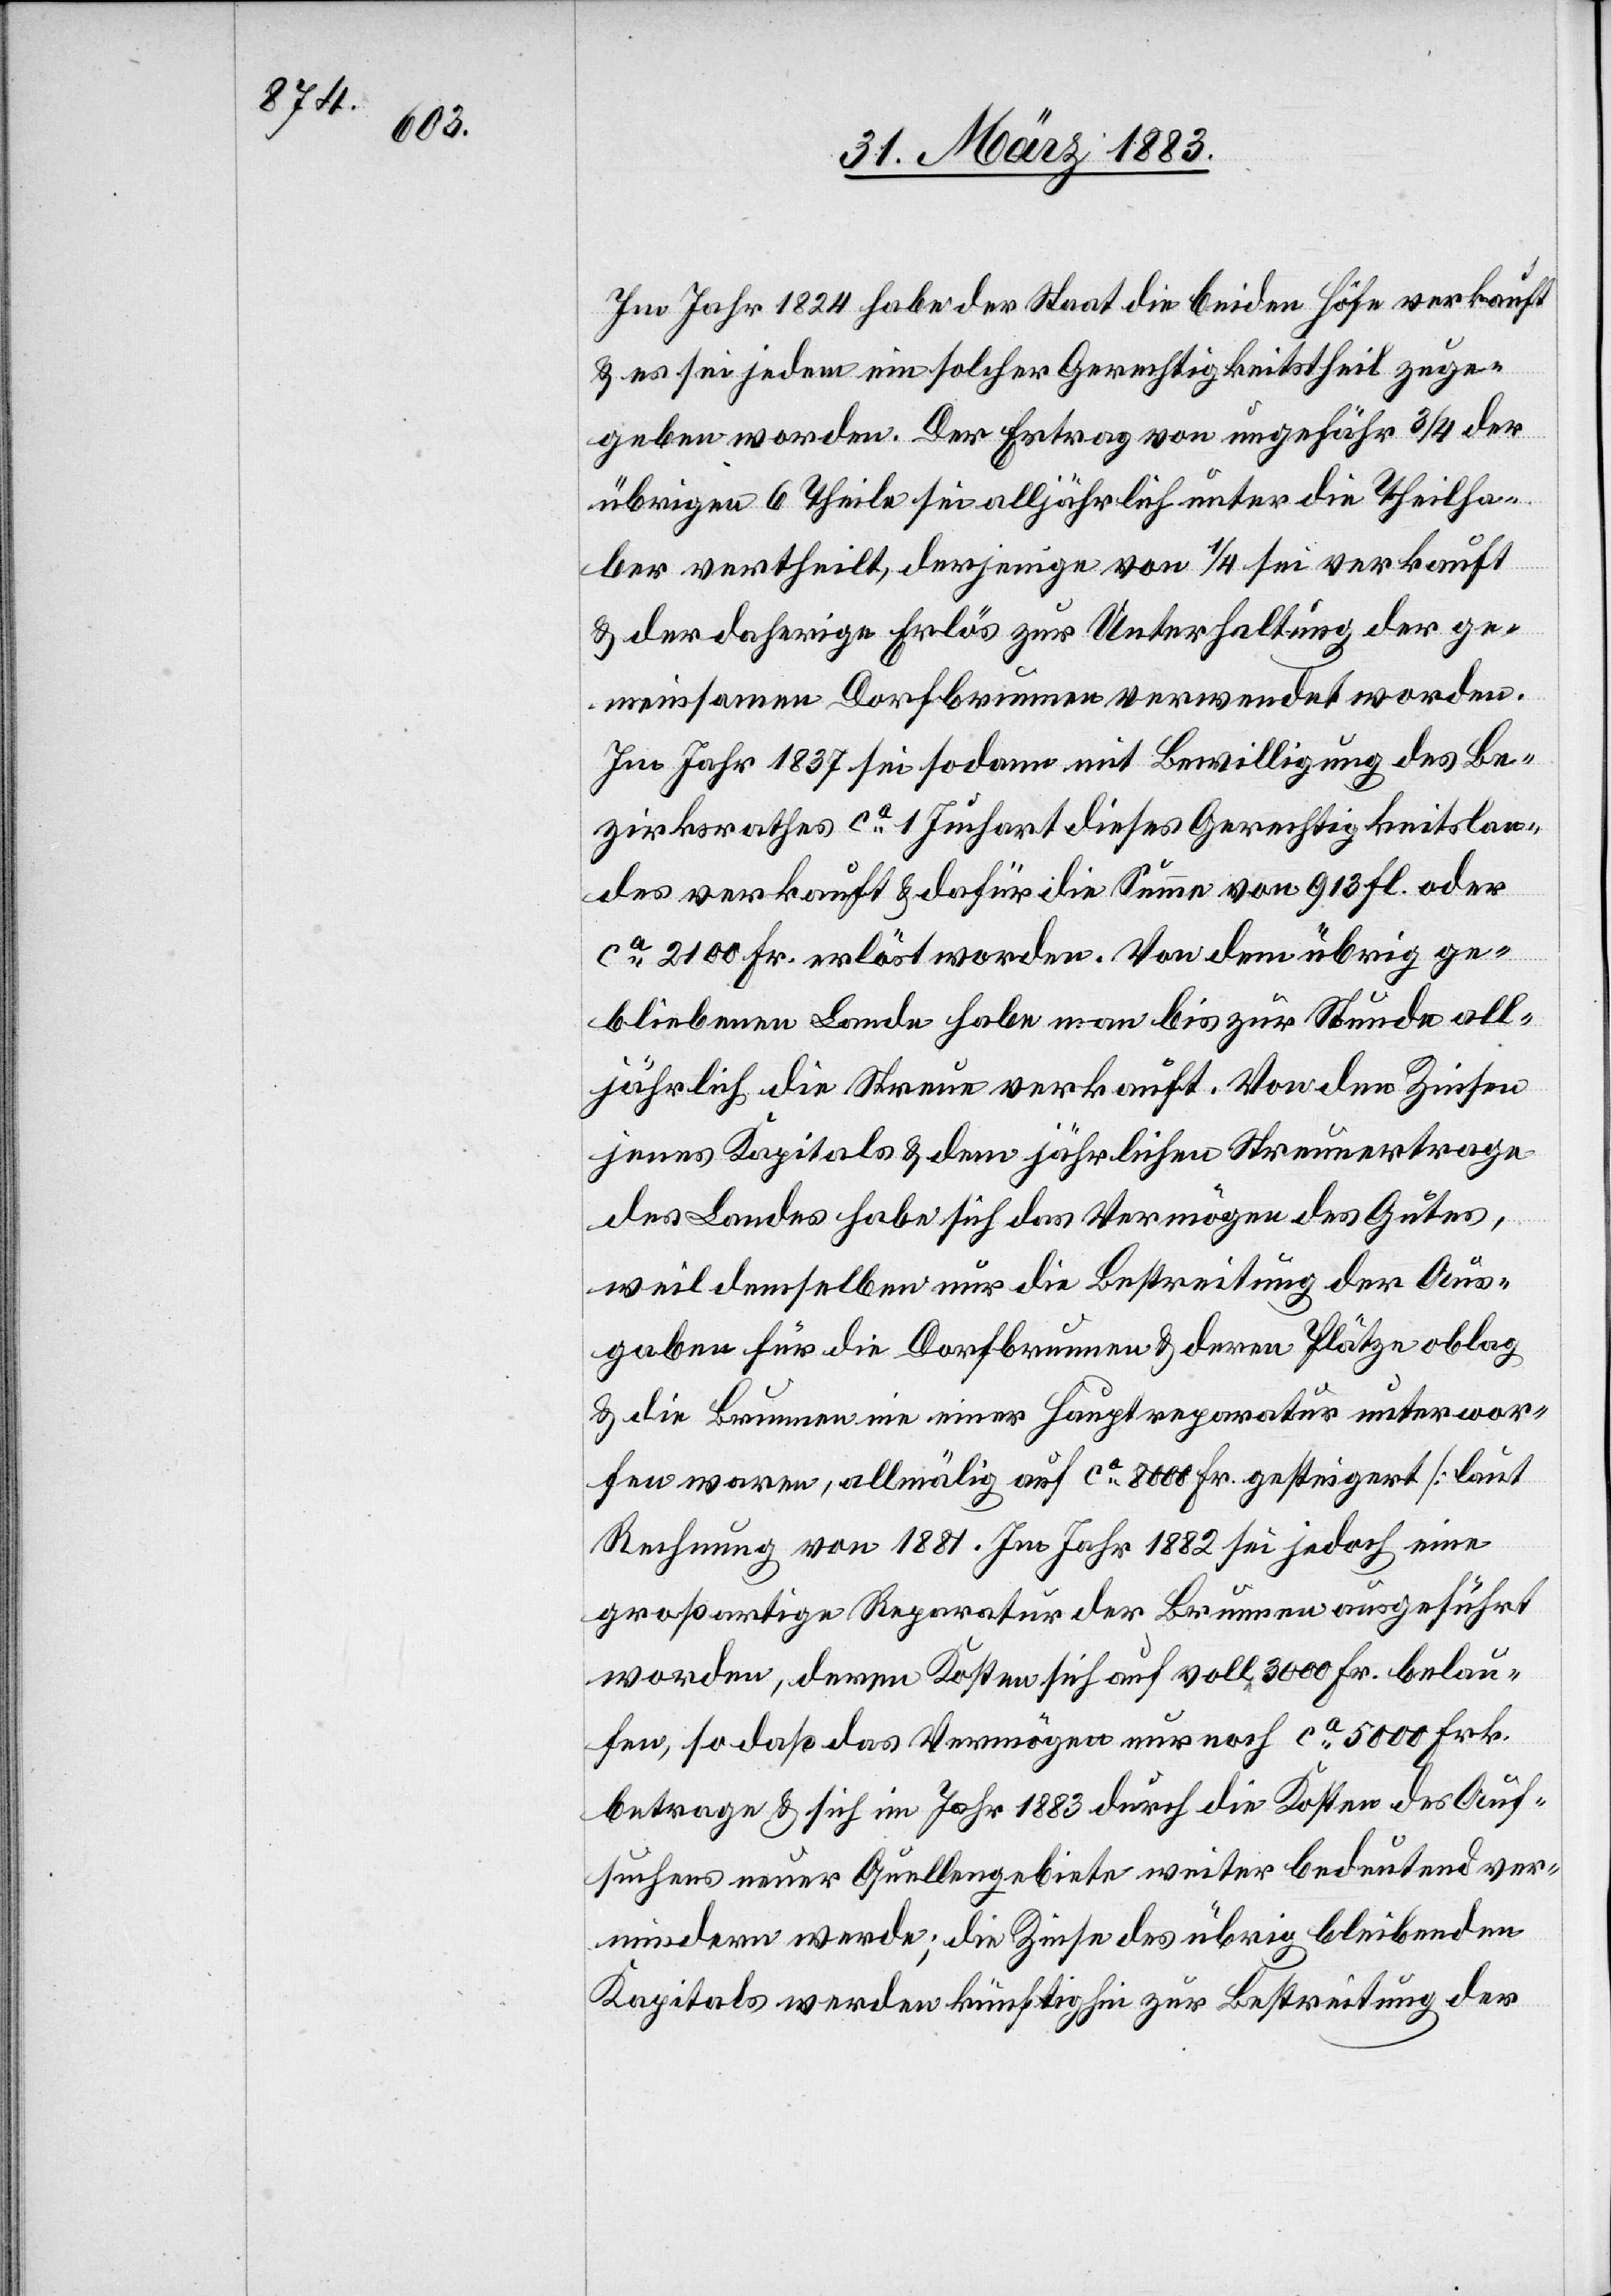
Im Jahr 1824 habe der Staat die beiden Höfe verkauft
& es sei jedem ein solcher Gerechtigkeitstheil zuge¬
geben worden. Der Ertrag von ungefähr 3/4 der
übrigen Theile sei alljährlich unter die Theilha¬
ber vertheilt, derjenige von 1/4 sei verkauft
& der daherige Erlös zur Unterhaltung der ge¬
meinsamen Dorfbrunnen verwendet worden.
Im Jahr 1837 sei sodann mit Bewilligung des Be¬
zirksrathes ca 1 Juchart dieses Gerechtigkeitslan¬
des verkauft & dafür die Summe von 913 fl. oder
ca 2100 Fr. erlöst worden. Von dem übrig ge¬
bliebenen Lande habe man bis zur Stunde all¬
jährlich die Streue verkauft. Von den Zinsen
jenes Kapitals & dem jährlichen Streueertrage
des Landes habe sich das Vermögen des Gutes,
weil demselben nur die Bestreitung der Aus¬
gaben für die Dorfbrunnen & deren Plätze oblag
& die Brunnen nie einer Hauptreparatur unterwor¬
fen waren, allmälig auf ca 8000 Fr. gesteigert [laut
Rechnung von 1881]. Im Jahr 1882 sei jedoch eine
großartige Reparatur der Brunnen ausgeführt
worden, deren Kosten sich auf voll 3000 Fr. belau¬
fen, so daß das Vermögen nur noch ca 5000 Frk.
betrage & sich im Jahr 1883 durch die Kosten des Auf¬
suchens neuer Quellengebiete weiter bedeutend ver¬
mindern werde; die Zinse des übrig bleibenden
Kapitals werden künftighin zur Bestreitung der